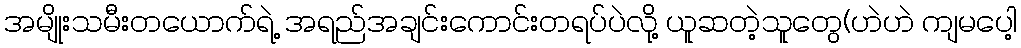
အမျိုးသမီးတယောက်ရဲ့ အရည်အချင်းကောင်းတရပ်ပဲလို့ ယူဆတဲ့သူတွေ(ဟဲဟဲ ကျမပေါ့